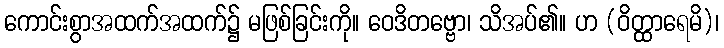
ကောင်းစွာအထက်အထက်၌ မဖြစ်ခြင်းကို။ ဝေဒိတဗ္ဗော၊ သိအပ်၏။ ဟ (ဝိတ္ထာရေမိ)၊